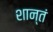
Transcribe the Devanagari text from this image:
शान्तं